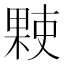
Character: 𬃻